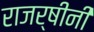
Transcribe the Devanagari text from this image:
राजर्षीनी